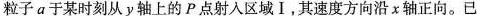
粒子a于某时刻从y轴上的P点射入区域Ⅰ，其速度方向沿χ轴正向。已